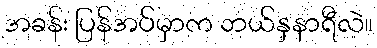
အခန်း ပြန်အပ်မှာက ဘယ်နှနာရီလဲ။